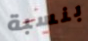
بنسبة